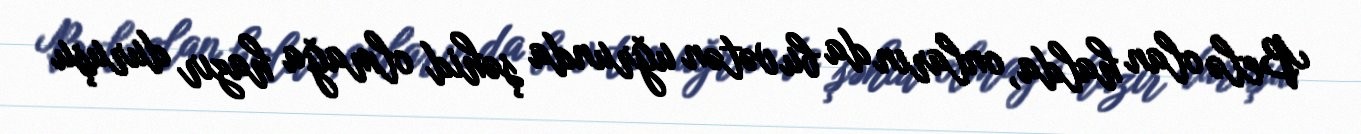
Belə olan halda, onların da bu vətən uğrunda şəhid olmağa hazır duruşu